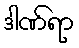
ဒါဏ်ရာ